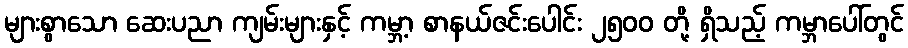
များစွာသော ဆေးပညာ ကျမ်းများနှင့် ကမ္ဘာ့ စာနယ်ဇင်းပေါင်း ၂၅၀၀ တို့ ရှိသည့် ကမ္ဘာပေါ်တွင်